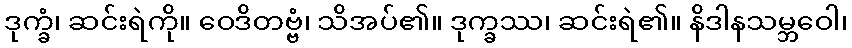
ဒုက္ခံ၊ ဆင်းရဲကို။ ဝေဒိတဗ္ဗံ၊ သိအပ်၏။ ဒုက္ခဿ၊ ဆင်းရဲ၏။ နိဒါနသမ္ဘဝေါ၊